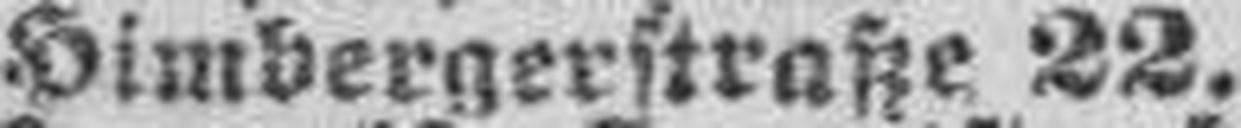
X. Himbergerstraße 22.